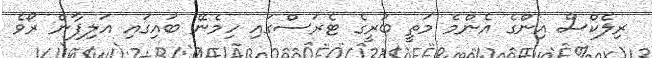
ރިލެކްސް އިންގެ އެންމެ މަތީ ބުރީގެ ޓެރަސްގައި ހިމެނޭ ބައިގައި އަލިފާން ރޯވެ